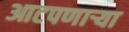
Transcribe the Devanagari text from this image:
आटपणाऱ्या